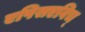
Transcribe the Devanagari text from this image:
एपिसएविच्